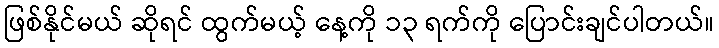
ဖြစ်နိုင်မယ် ဆိုရင် ထွက်မယ့် နေ့ကို ၁၃ ရက်ကို ပြောင်းချင်ပါတယ်။